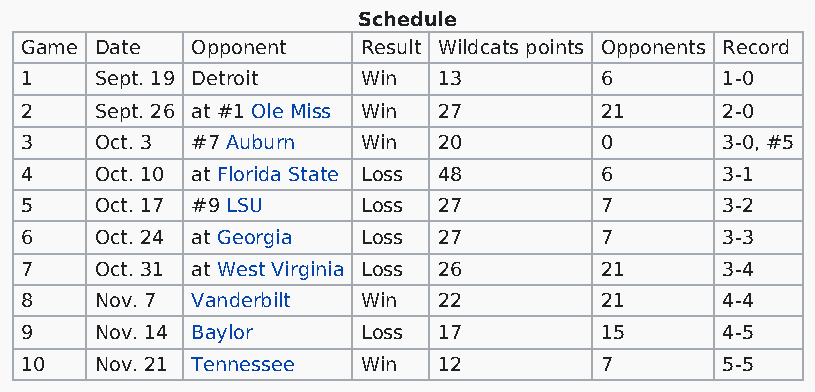
Schedule
 Game Date   Opponent   Result Wildcats points Opponents Record
 1    Sept. 19 Detroit  Win  13         6       1-0
 2    Sept. 26 at #1 Ole Miss Win 27    21      2-0
 3    Oct. 3 #7 Auburn  Win  20         0       3-0, #5
 4    Oct. 10 at Florida State Loss 48  6       3-1
 5    Oct. 17 #9 LSU    Loss 27         7       3-2
 6    Oct. 24 at Georgia Loss 27        7       3-3
 7    Oct. 31 at West Virginia Loss 26  21      3-4
 8    Nov. 7 Vanderbilt Win  22         21      4-4
 9    Nov. 14 Baylor    Loss 17         15      4-5
 10   Nov. 21 Tennessee Win  12         7       5-5